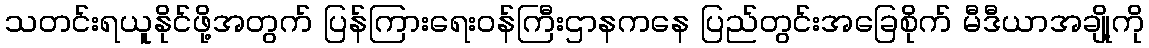
သတင်းရယူနိုင်ဖို့အတွက် ပြန်ကြားရေးဝန်ကြီးဌာနကနေ ပြည်တွင်းအခြေစိုက် မီဒီယာအချို့ကို